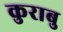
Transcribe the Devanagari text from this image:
कुराबु